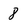
Character: 8